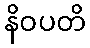
နိဝပတိ